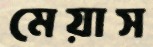
মেয়াস